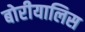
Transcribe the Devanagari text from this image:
बोरीयालिस